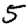
Digit: 5